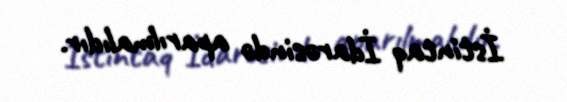
İstintaq İdarəsində aparılmalıdır.